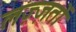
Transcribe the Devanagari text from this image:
लज़्ज़तों